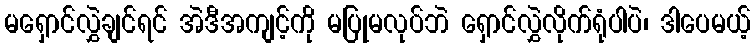
မရှောင်လွှဲချင်ရင် အဲဒီအကျင့်ကို မပြုမလုပ်ဘဲ ရှောင်လွှဲလိုက်ရုံပါပဲ၊ ဒါပေမယ့်